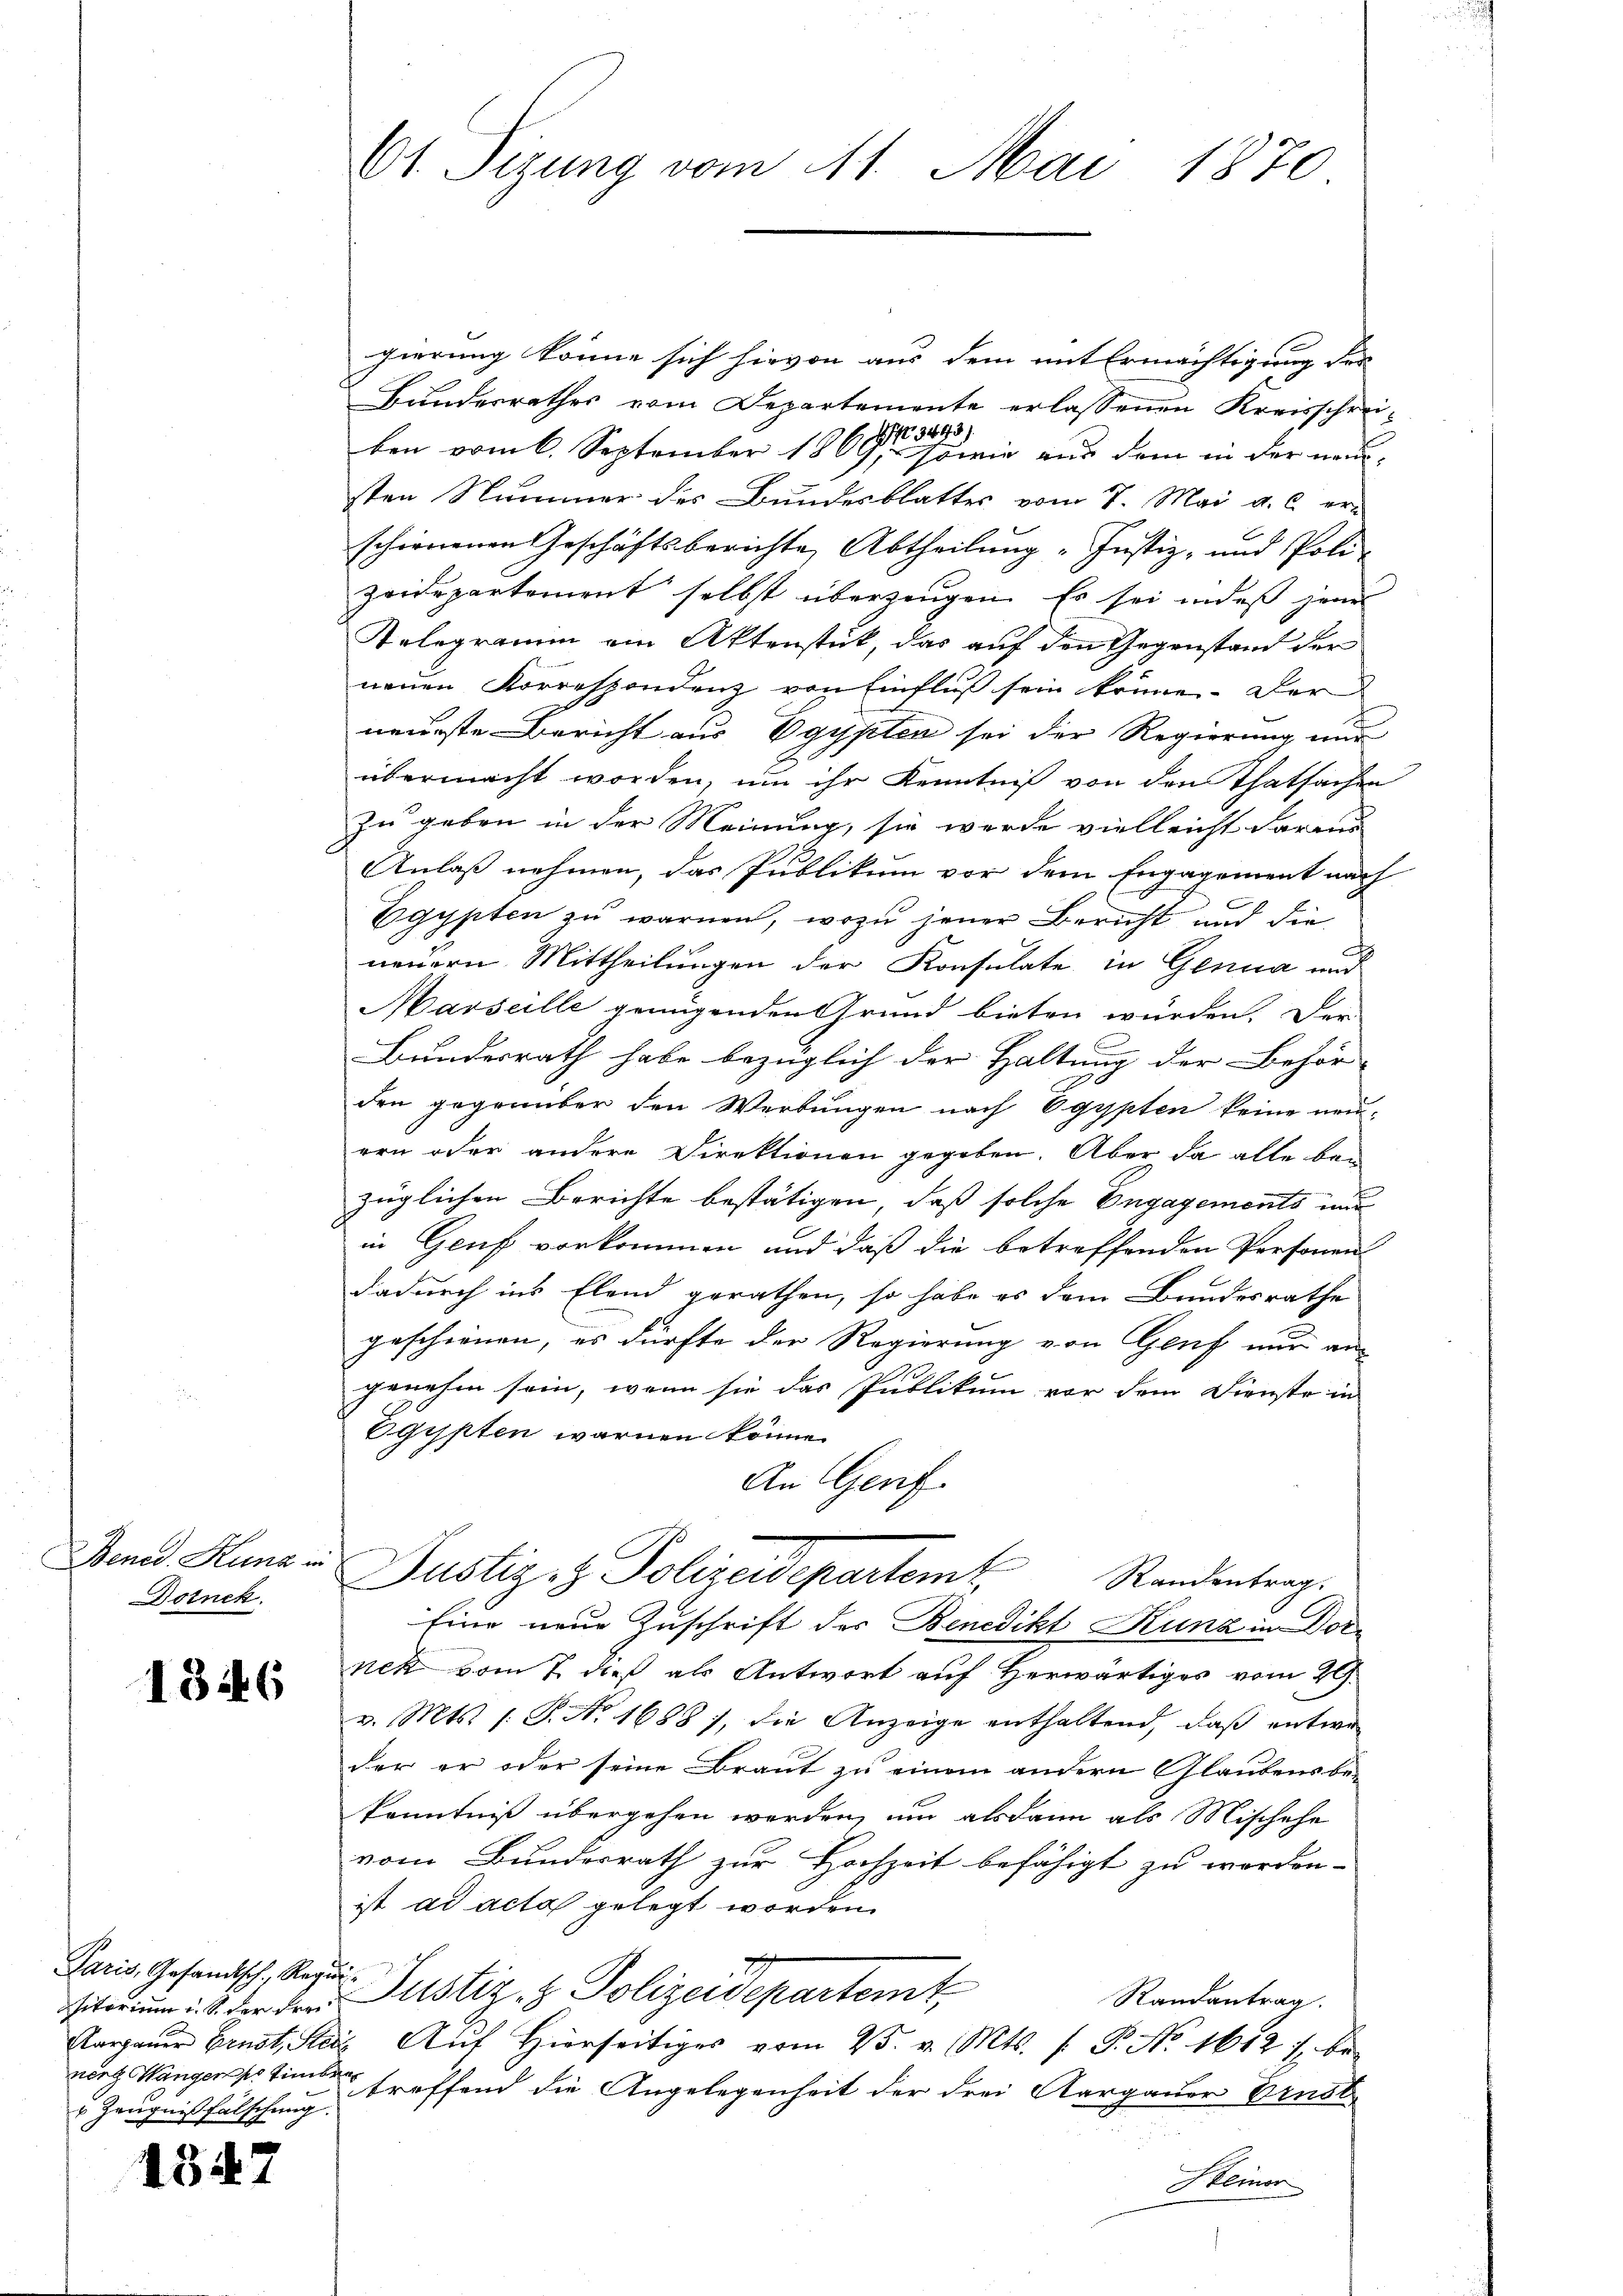
Ittner Sume u.
Dotnek.

1846

itorium u. S. der drei
u Zeugniß fälschung.

434

61 Sizung vom 11. Mai 1870

gierung könne sich hievon aus dem mit Ermächtigung der
Bundesrathes vom Departemente erlassenen Kreisschreiben vom 6. September 1869 in dir nur dem in der neusten Nummer des Bundesblattes vom 7. Mai a. c. er
schienenen Geschäftsberichte, Abtheilung "Justiz- und Poli-
zeidepartement selbst überzeugen. Es sei indeß jene
Telegramm ain Aktenstück, das auf den Gegenstand der
neuen Korrespondenz von Einfluß sein können. Der
neurste Bericht aus Egypten sei der Regierung und
übermacht worden, um ihr Kenntniß von den Thatsachen
zu geben in der Meinung, sie werde vielleicht daraus
Anlaß nehmen, das Publikum vor dem Engagement nach
Egypten zu warnen, wozu jener Bericht und die
neuern Mittheilungen der Konsulate in Genua und
Marseille genügenden Grund bieten würden. Der
Bundesrath habe bezüglich der Haltung der Behör- |
den gegenüber den Werbungen nach Egypten keine neu-
ern oder andere Direktionen gegeben. Aber da alle ban
züglichen Berichte bestätigen, daß solche Engagements nur
in Genf vorkommen und daß die betreffenden Personen
dadurch ins Elend gerathen, so habe es dem Bundesrathe
gescheinen, es dürfte der Regierung von Genf nur an-
genehm sein, wenn sie das Publikum vor dem Dienste in
Egypten warnen könne.
An Genf.
Justiz & Polizeidepartem Standentrag.
Eine neue Zuschrift des Benedikt Kunz in Dornek vom 7. dieß als Antwort auf Herwärtiges vom 29.
v. Mts. s. S. Nr. 1688), die Anzeige enthaltend, daß entwo
der er oder seine Braut zu einem andern Glaubensbe-
kenntniß übergehen werden, um alsdann als Mischehe
vom Bundesrath zur Hochzeit befähigt zu worden.
ist ad acta gelegt worden.
Hans Gesandisch, der Justiz & Polizeidepartemt
Randantrag.
Aargauer Ernst, Sei Aŭf Hierseitiges vom 25. v. Mts. f. P. No. 1612 f. be
nert Mängersstimmer treffend die Angelegenheit der drei Aargauer Ernst
Steiner